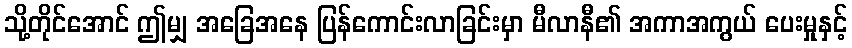
သို့တိုင်အောင် ဤမျှ အခြေအနေ ပြန်ကောင်းလာခြင်းမှာ မီလာနီ၏ အကာအကွယ် ပေးမှုနှင့်